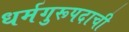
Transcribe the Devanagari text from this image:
धर्मगुरूपदाची